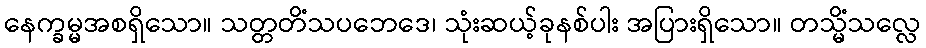
နေက္ခမ္မအစရှိသော။ သတ္တတိံသပဘေဒေ၊ သုံးဆယ့်ခုနစ်ပါး အပြားရှိသော။ တသ္မိံသလ္လေ